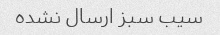
سیب سبز ارسال نشده